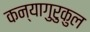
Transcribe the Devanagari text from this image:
कन्यागुरुकुल